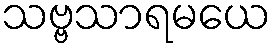
သဗ္ဗသာရမယေ